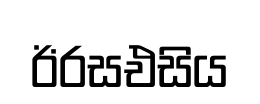
ඊරසඑසිය